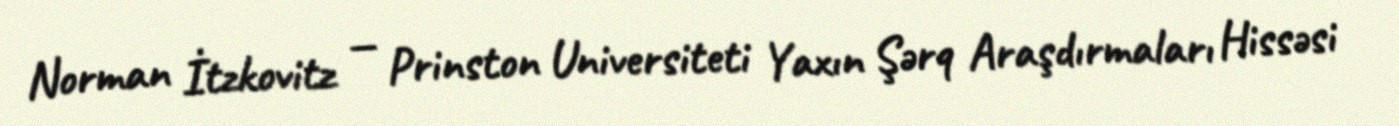
Norman İtzkovitz — Prinston Universiteti Yaxın Şərq Araşdırmaları Hissəsi